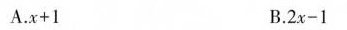
A.x+1 B.2x-1